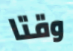
وقتا